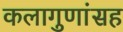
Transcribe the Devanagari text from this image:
कलागुणांसह